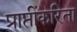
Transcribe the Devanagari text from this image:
प्राप्तीकरिता